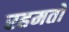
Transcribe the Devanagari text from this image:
रहमतों